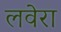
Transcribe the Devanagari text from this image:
लवेरा